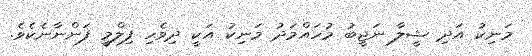
މަނިކު އަދި ޝީލާ ނަޖީބު މުހައްމަދު މަނިކު އަކީ ދިވެހި ފިލްމީ ފަންނާނެކެވެ.